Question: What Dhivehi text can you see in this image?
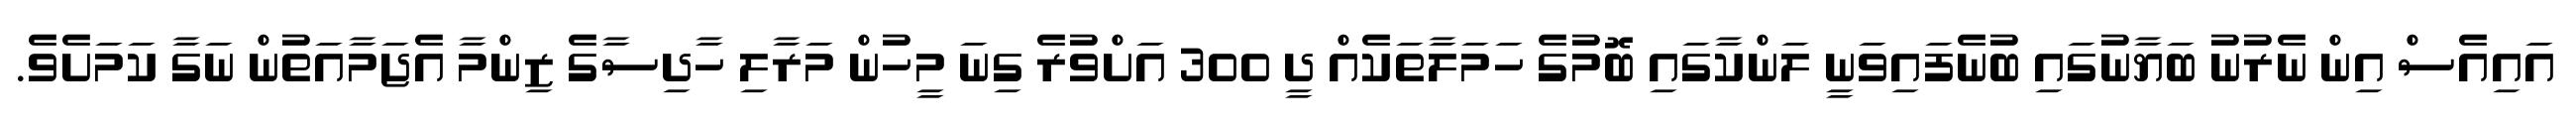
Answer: އައިއެސް އިން ނެރުނު ބަޔާނުގައި ބުނެފައިވަނީ ލަންކާގައި ބޮމުގެ ހަމަލާތަކެއް ދީ 300 އަށްވުރެ ގިނަ މީހުން މަރާލި ހާދިސާގެ ޒިންމާ އެޖަމާއަތުން ނަގާ ކަމަށެވެ.